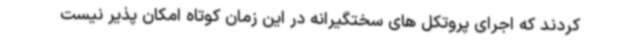
کردند که اجرای پروتکل های سختگیرانه در این زمان کوتاه امکان پذیر نیست